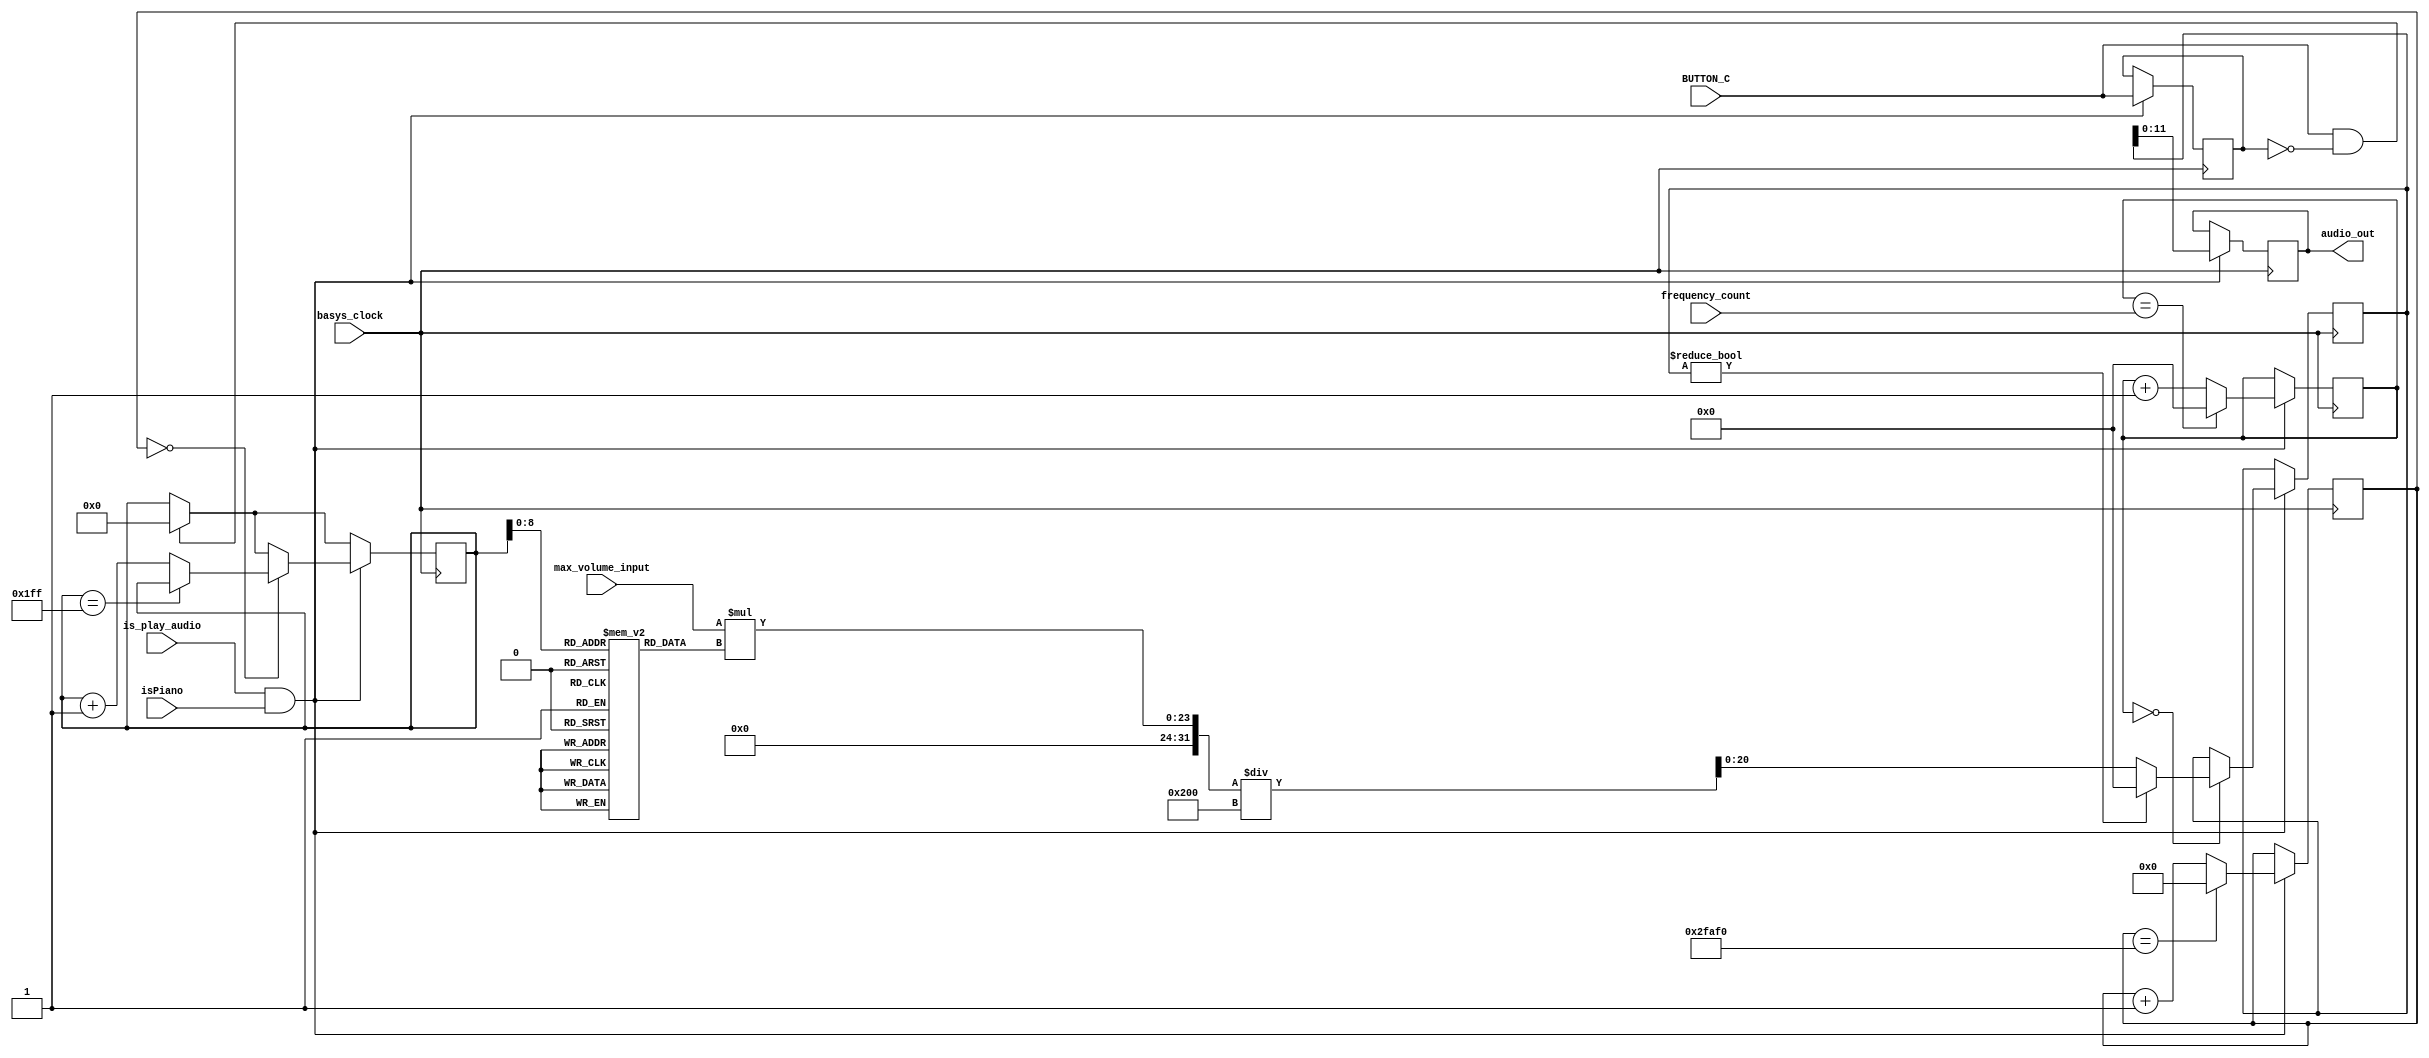
`timescale 1ns / 1ps
//////////////////////////////////////////////////////////////////////////////////
// Company: 
// Engineer: 
// 
// Design Name: 
// Module Name: piano_audio
// Project Name: 
// Target Devices: 
// Tool Versions: 
// Description: 
// 
// Dependencies: 
// 
// Revision:
// Revision 0.01 - File Created
// Additional Comments:
// 
//////////////////////////////////////////////////////////////////////////////////


module piano_audio(
    input basys_clock,
    input is_play_audio,
    input BUTTON_C,
    input [20:0] frequency_count,
    input [11:0] max_volume_input,
    input isPiano,
    output reg [11:0] audio_out = 0
    );
   
   parameter M = 512;
    
    reg [11:0] piano_wave [0:511];

    reg [11:0] i;
    initial begin
        for (i = 0; i < 80; i = i + 1)
        begin
            piano_wave[i] = 504;
        end
        for (i = 80; i < 512; i = i + 1)
        begin
            piano_wave[i] = 504-i+80;
        end
    end
    
    
    wire [19:0] max_volume = max_volume_input;
    reg [20:0] new_wave = 0;
    reg [20:0] count = 0;
    reg [10:0] sample = 0;
    reg [18:0] points = 0;
    reg previous_BTNC;
    
    always @(posedge basys_clock)
    begin
        if (BUTTON_C == 1 && previous_BTNC == 0)
            begin
                sample <= 0;
            end
        if (is_play_audio == 1 && isPiano == 1)
        begin 
            points <= (points == 195312) ? 0 : points + 1; //a second split into 512 points
            count <= (count == frequency_count) ? 0 : count + 1;
            new_wave <= (count == 0) ? (new_wave != 0) ? 0 : max_volume*piano_wave[sample]/512 : new_wave;
            
            if (points == 0)
            begin  
                sample <= (sample == M-1) ? sample : sample+1;
            end

            audio_out <= new_wave[11:0]; 
            previous_BTNC <= BUTTON_C;
            
        end
    end

    
    
endmodule